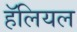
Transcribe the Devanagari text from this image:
हॅलियल